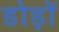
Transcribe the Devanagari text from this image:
डोड़ों